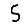
Digit: 5